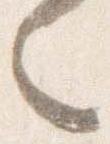
々